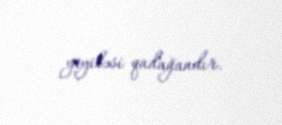
yeyiləsi qadağandır.